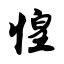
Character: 惶